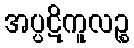
အပ္ပဋိကူလဉ္စ